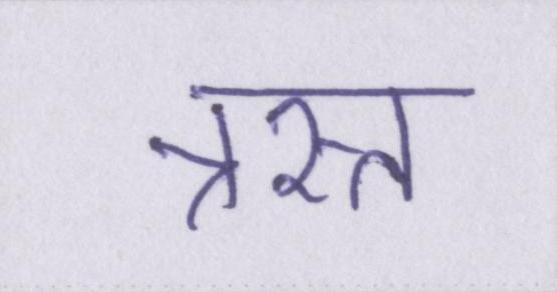
त्रस्त